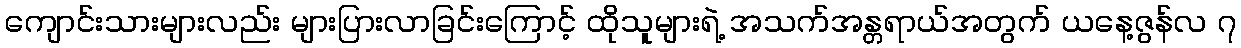
ကျောင်းသားများလည်း များပြားလာခြင်းကြောင့် ထိုသူများရဲ့ အသက်အန္တရာယ်အတွက် ယနေ့ဇွန်လ ၇